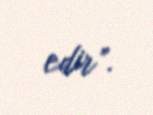
edir”.